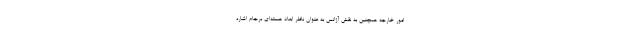
امور خارجه همچنین به نقش آژانس به عنوان ناظر ابعاد هسته‌ای برجام اشاره